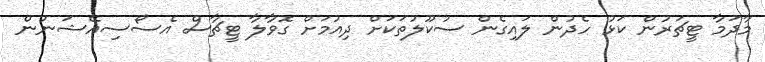
މާދަމާ ޓީޗަރުން ކަޅު ހެދުން ލައިގެން ސުކޫލުތަކަށް ދިއުމަށް ގޮވާލާ ޓީޗާސް އެސޯސިއޭޝަނުން